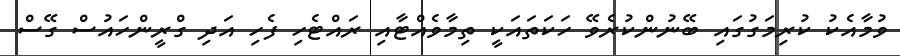
ވުމާއެކު ކުރިމަގުގައި ބޭނުންކުރެވޭ ހަކަތައަކީ ތިމާވެއްޓާއި ރައްޓެހި ފެހި އަދި ގްރީންހައުސް ގޭސް